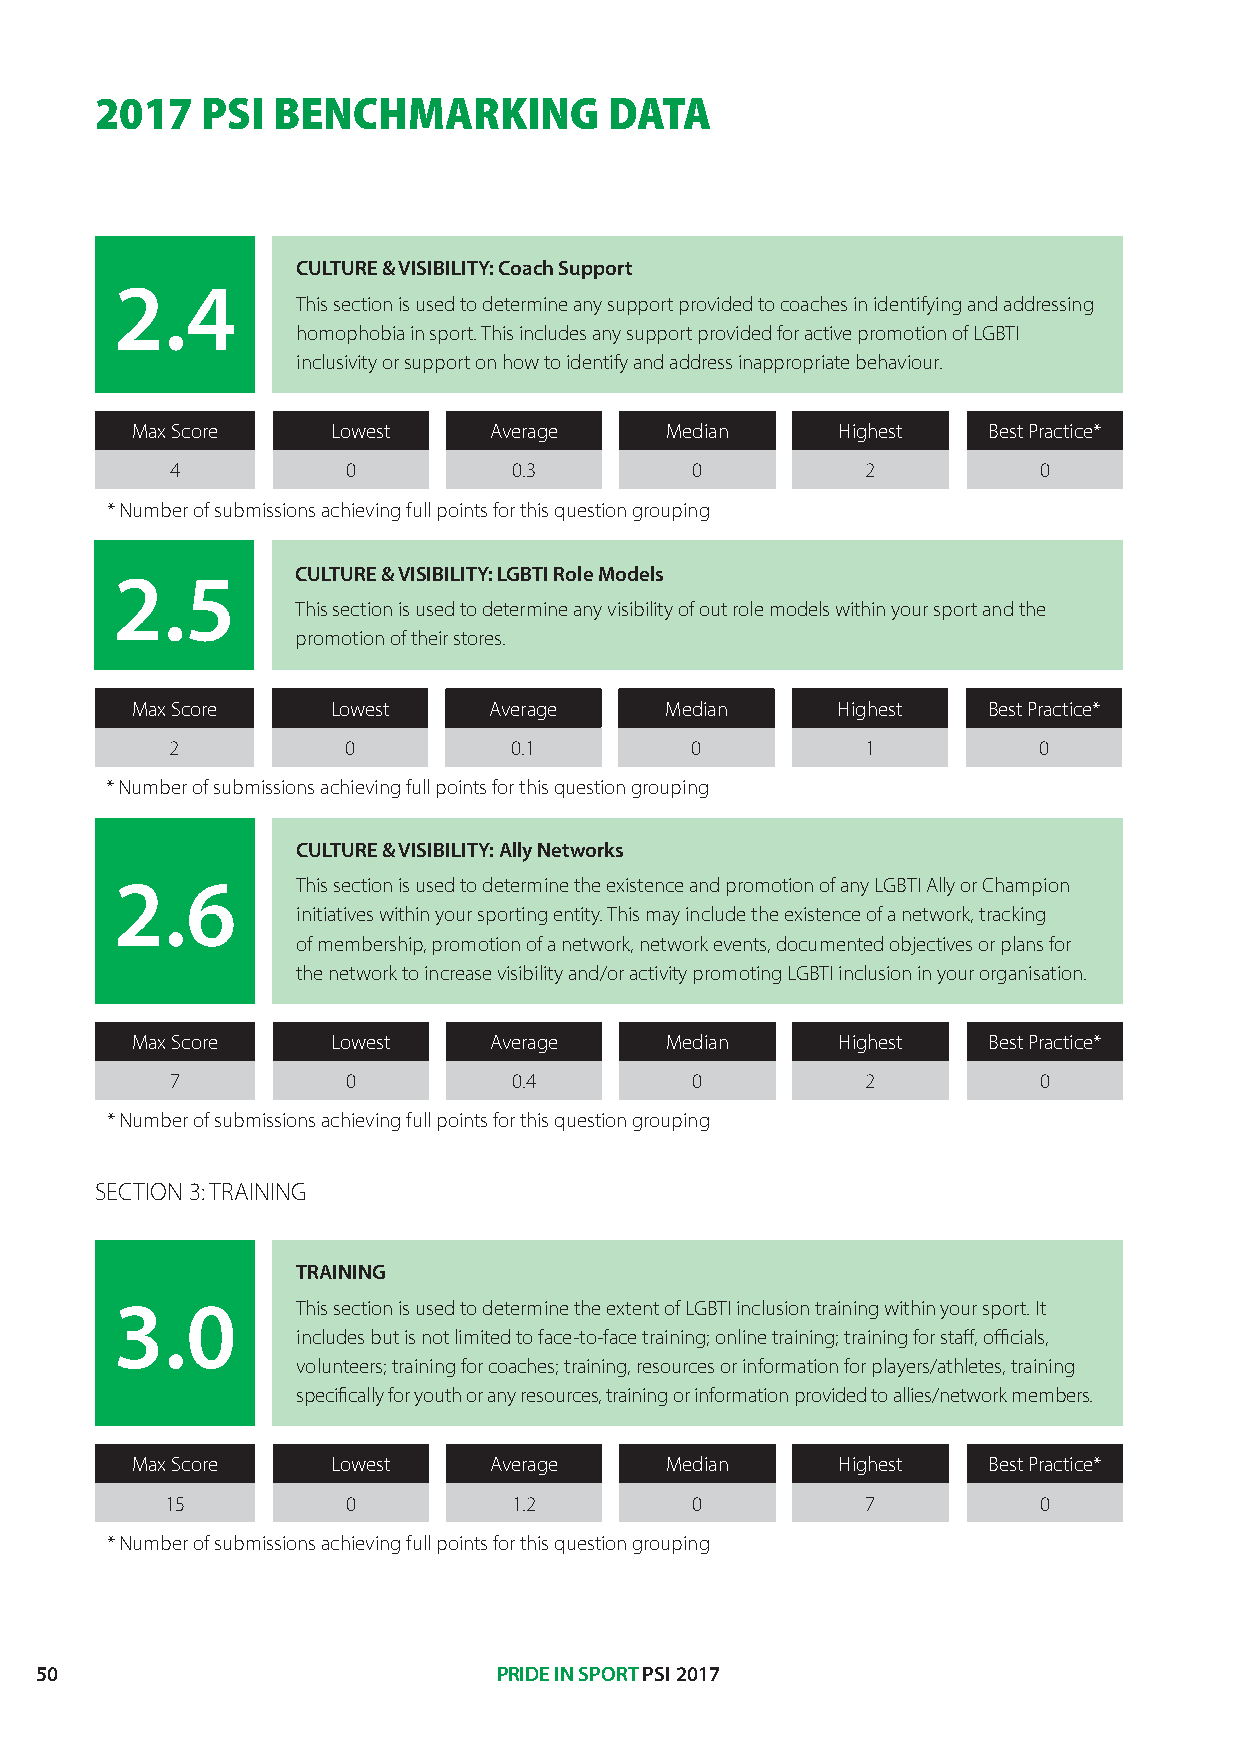
2017   PSI  BENCHMARKING          DATA
 CULTURE & VISIBILITY: Coach Support
 2.4
 This section is used to determine any support provided to coaches in identifying and addressing
 homophobia in sport. This includes any support provided for active promotion of LGBTI
 inclusivity or support on how to identify and address inappropriate behaviour.
 Max Score   30Lowest   Average     Median     Highest   Best Practice*
 4           0          0.3         0          2           0
 * Number of submissions achieving full points for this question grouping
 2.5          CULTURE & VISIBILITY: LGBTI Role Models
 This section is used to determine any visibility of out role models within your sport and the
 promotion of their stores.
 Max Score   30Lowest   Average     Median     Highest   Best Practice*
 2           0          0.1         0          1           0
 * Number of submissions achieving full points for this question grouping
 CULTURE & VISIBILITY: Ally Networks
 2.6         This section is used to determine the existence and promotion of any LGBTI Ally or Champion
 initiatives within your sporting entity. This may include the existence of a network, tracking
 of membership, promotion of a network, network events, documented objectives or plans for
 the network to increase visibility and/or activity promoting LGBTI inclusion in your organisation.
 Max Score   30Lowest   Average     Median     Highest   Best Practice*
 7           0          0.4         0          2           0
 * Number of submissions achieving full points for this question grouping
 SECTION 3: TRAINING
 TRAINING
 3.0         This section is used to determine the extent of LGBTI inclusion training within your sport. It
 includes but is not limited to face-to-face training; online training; training for staff, officials,
 volunteers; training for coaches; training, resources or information for players/athletes, training
 specifically for youth or any resources, training or information provided to allies/network members.
 Max Score   30Lowest   Average     Median     Highest   Best Practice*
 15          0          1.2         0          7           0
 * Number of submissions achieving full points for this question grouping
 50                             PRIDE IN SPORT PSI 2017